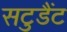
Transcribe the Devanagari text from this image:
सटुडैंट